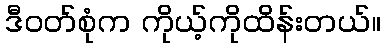
ဒီဝတ်စုံက ကိုယ့်ကိုထိန်းတယ်။